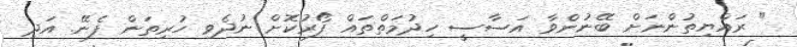
" ރައްޔިތުންނަށް ބޭނުންވާ އަސާސީ ހިދުމަތްތައް ފޯރުކޮށް ނުދެވި ހުރިތަން ފެނޭ. އަދި